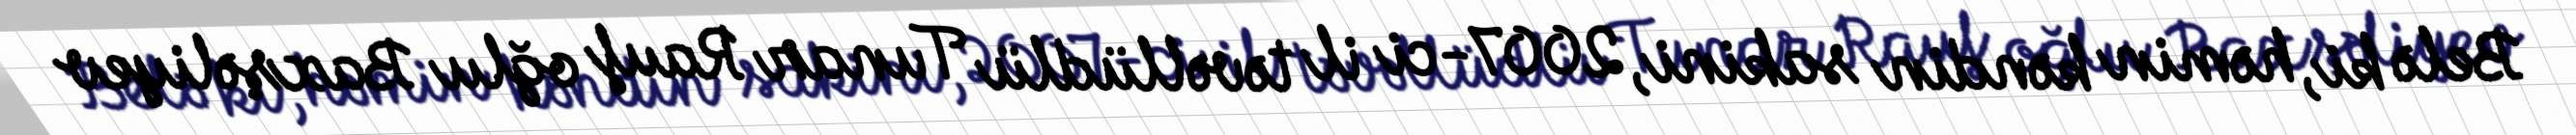
Belə ki, həmin kəndin sakini, 2007-ci il təvəllüdlü Tunar Rauf oğlu Baxşəliyev